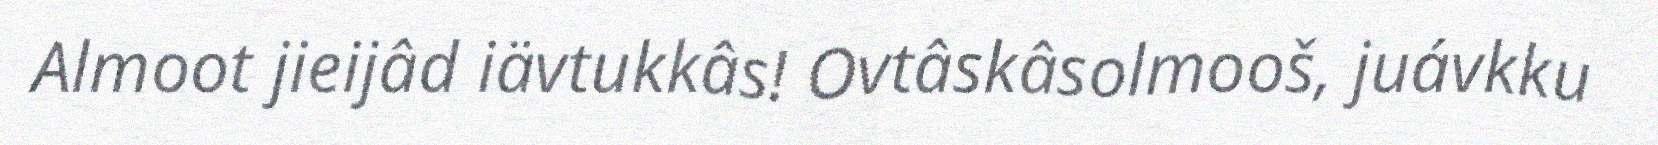
Almoot jieijâd iävtukkâs! Ovtâskâsolmooš, juávkku